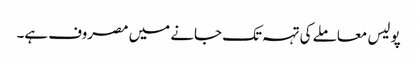
پولیس معاملے کی تہہ تک جانے میں مصروف ہے۔